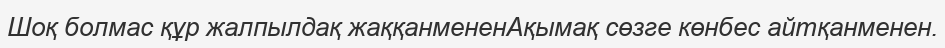
Шоқ болмас құр жалпылдақ жаққанмененАқымақ сөзге көнбес айтқанменен.